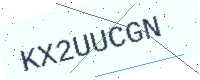
Text: KX2UUCGN